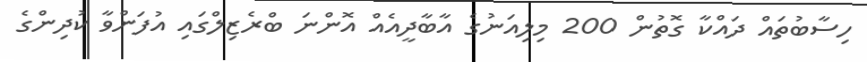
ހިސާބުތައް ދައްކާ ގޮތުން 200 މިލިއަނުގެ އާބާދީއެއް އޮންނަ ބްރެޒިލްގައި އުފަންވާ ކުދިންގެ